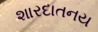
શારદાતનય